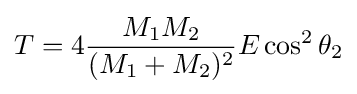
T=4{\frac {M_{1}M_{2}}{(M_{1}+M_{2})^{2}}}E\cos ^{2}\theta _{2}